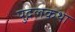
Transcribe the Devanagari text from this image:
पुद्गलकथा